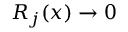
R _ { j } ( x ) \rightarrow 0